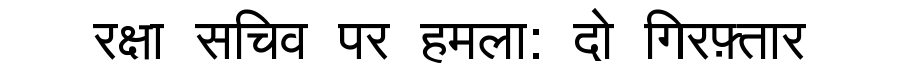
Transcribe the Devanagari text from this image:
रक्षा सचिव पर हमला: दो गिरफ़्तार